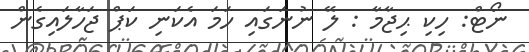
ނޯޓް: ހިކި ޙިޖާމާ : ލޭ ނުނަގައި ހަމަ އެކަނި ކަޕް ޖަހާލައިގެން